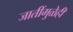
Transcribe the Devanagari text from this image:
जातींमुळेही